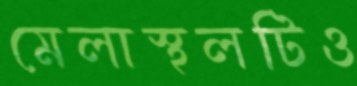
মেলাস্থলটিও